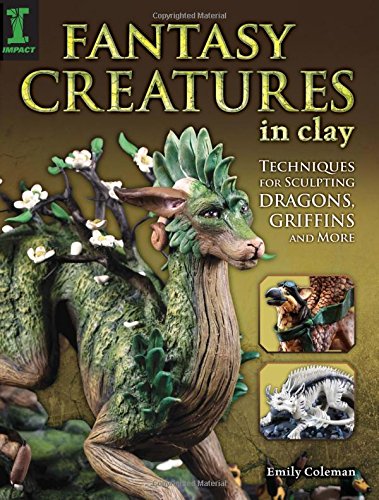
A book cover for Fantasy Creatures in Clay: Techniques for Sculpting Dragons, Griffins and More; Emily Coleman; Crafts, Hobbies & Home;